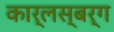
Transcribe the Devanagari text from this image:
कार्लस्बर्ग